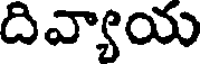
దివ్యాయ